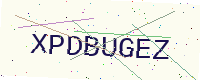
Text: XPDBUGEZ